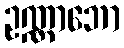
ဥဏ္ဏာဘော